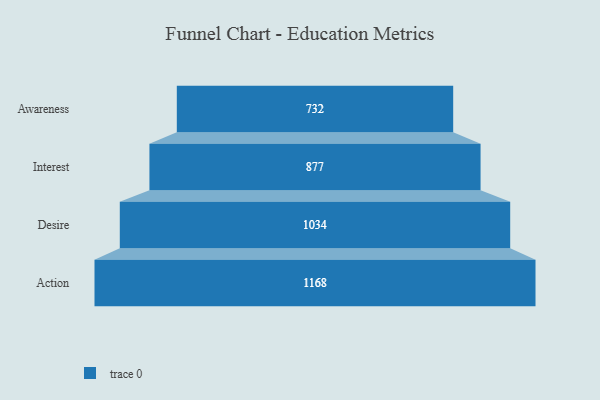
{"axis": {"x": "Stage", "y": "Value"}, "legend": [""], "data": [{"x": "Awareness", "y": 732.0, "type": ""}, {"x": "Interest", "y": 877.0, "type": ""}, {"x": "Desire", "y": 1034.0, "type": ""}, {"x": "Action", "y": 1168.0, "type": ""}]}